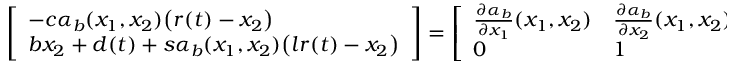
\begin{array} { r } { \left[ \begin{array} { l } { - c \alpha _ { b } ( x _ { 1 } , x _ { 2 } ) \big ( r ( t ) - x _ { 2 } \big ) } \\ { b x _ { 2 } + d ( t ) + s \alpha _ { b } ( x _ { 1 } , x _ { 2 } ) \big ( l r ( t ) - x _ { 2 } \big ) } \end{array} \right] = \left[ \begin{array} { l l } { \frac { \partial \alpha _ { b } } { \partial x _ { 1 } } ( x _ { 1 } , x _ { 2 } ) } & { \frac { \partial \alpha _ { b } } { \partial x _ { 2 } } ( x _ { 1 } , x _ { 2 } ) } \\ { 0 } & { 1 } \end{array} \right] \left[ \begin{array} { l } { - c x _ { 1 } \big ( r ( t ) - x _ { 2 } \big ) } \\ { x _ { 2 } + d ( t ) + s x _ { 1 } \big ( l r ( t ) - x _ { 2 } \big ) } \end{array} \right] . } \end{array}